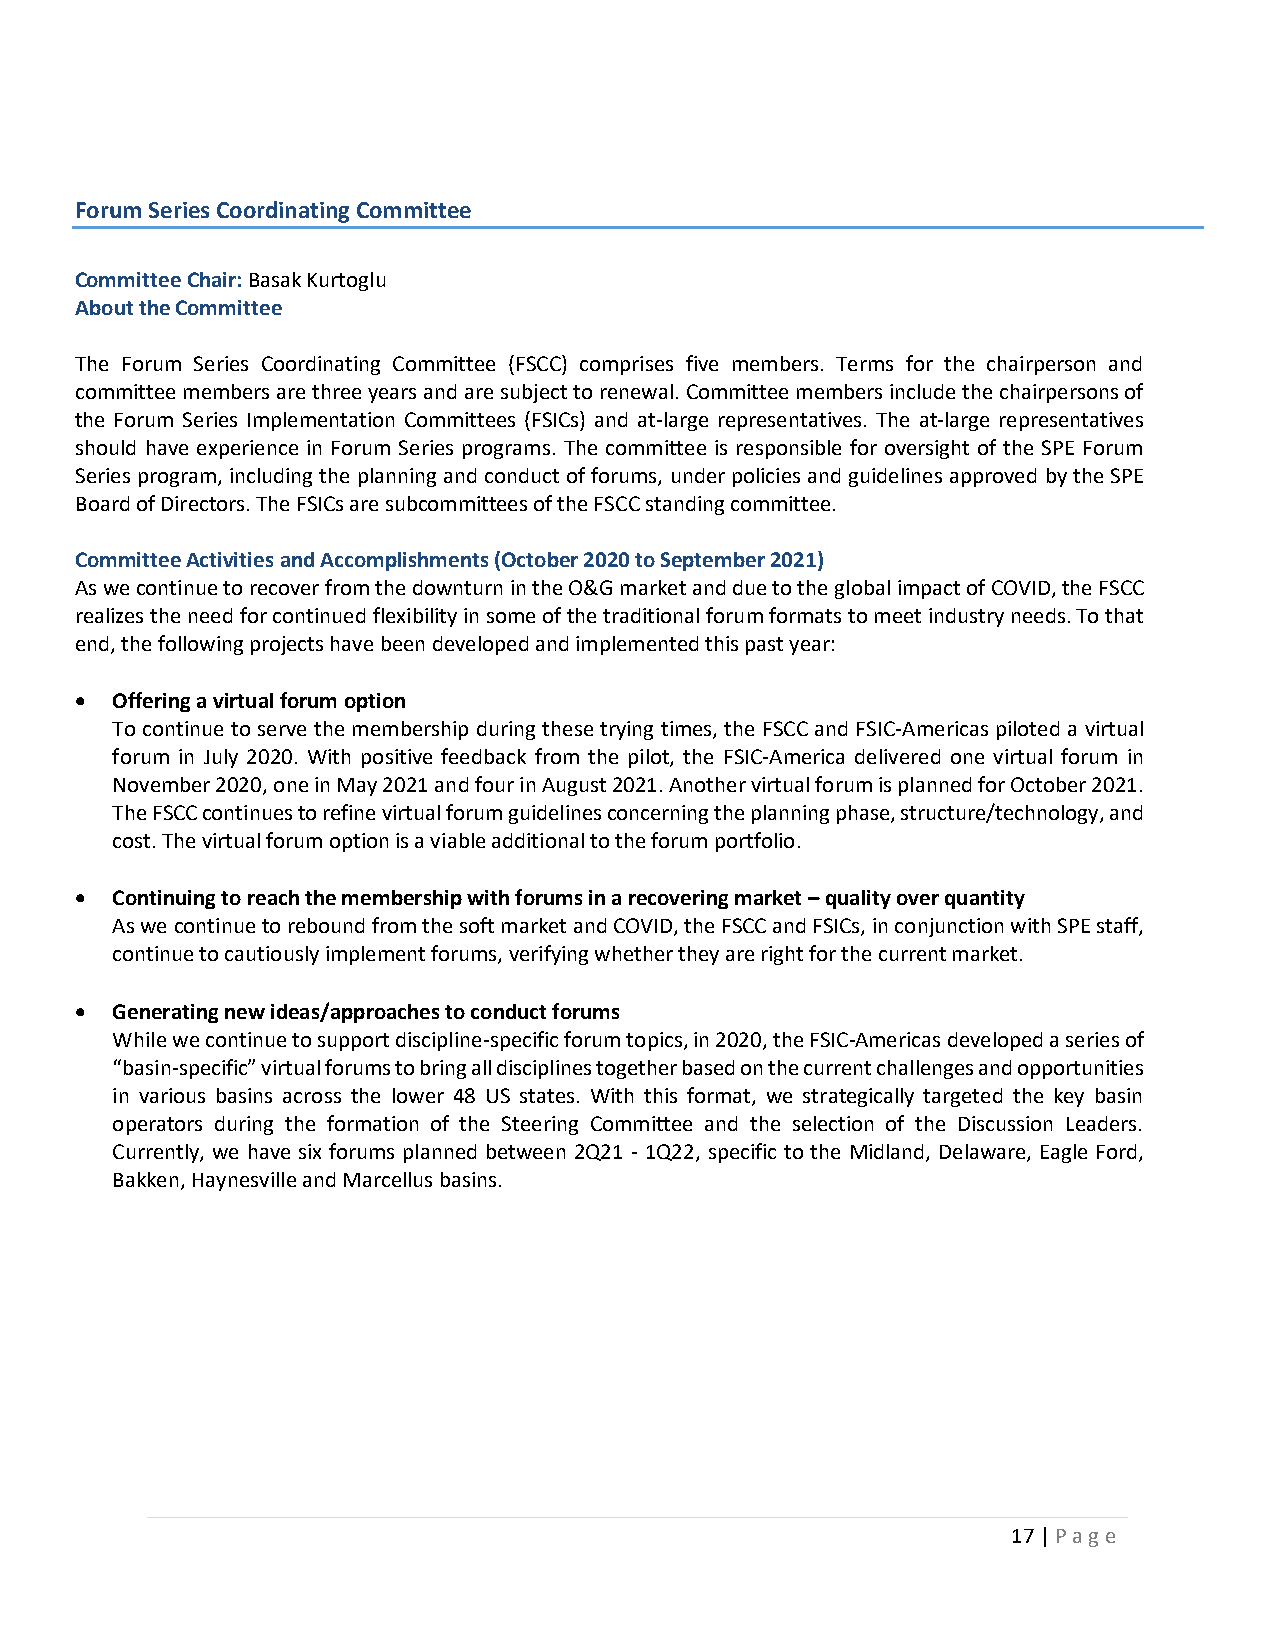
Forum Series Coordinating Committee
 Committee Chair: Basak Kurtoglu
 About the Committee
 The Forum Series Coordinating Committee (FSCC) comprises five members. Terms for the chairperson and
 committee members are three years and are subject to renewal. Committee members include the chairpersons of
 the Forum Series Implementation Committees (FSICs) and at-large representatives. The at-large representatives
 should have experience in Forum Series programs. The committee is responsible for oversight of the SPE Forum
 Series program, including the planning and conduct of forums, under policies and guidelines approved by the SPE
 Board of Directors. The FSICs are subcommittees of the FSCC standing committee.
 Committee Activities and Accomplishments (October 2020 to September 2021)
 As we continue to recover from the downturn in the O&G market and due to the global impact of COVID, the FSCC
 realizes the need for continued flexibility in some of the traditional forum formats to meet industry needs. To that
 end, the following projects have been developed and implemented this past year:
 • Offering a virtual forum option
 To continue to serve the membership during these trying times, the FSCC and FSIC-Americas piloted a virtual
 forum in July 2020. With positive feedback from the pilot, the FSIC-America delivered one virtual forum in
 November 2020, one in May 2021 and four in August 2021. Another virtual forum is planned for October 2021.
 The FSCC continues to refine virtual forum guidelines concerning the planning phase, structure/technology, and
 cost. The virtual forum option is a viable additional to the forum portfolio.
 • Continuing to reach the membership with forums in a recovering market – quality over quantity
 As we continue to rebound from the soft market and COVID, the FSCC and FSICs, in conjunction with SPE staff,
 continue to cautiously implement forums, verifying whether they are right for the current market.
 • Generating new ideas/approaches to conduct forums
 While we continue to support discipline-specific forum topics, in 2020, the FSIC-Americas developed a series of
 “basin-specific” virtual forums to bring all disciplines together based on the current challenges and opportunities
 in various basins across the lower 48 US states. With this format, we strategically targeted the key basin
 operators during the formation of the Steering Committee and the selection of the Discussion Leaders.
 Currently, we have six forums planned between 2Q21 - 1Q22, specific to the Midland, Delaware, Eagle Ford,
 Bakken, Haynesville and Marcellus basins.
 17 | P a g e